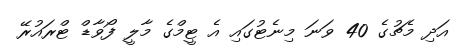
އަދި މެޗުގެ 40 ވަނަ މިނެޓުގައި އެ ޓީމްގެ މާލީ ފޯވާޑް ޓްރައުރޭ